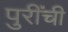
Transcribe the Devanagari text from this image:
पुरींची